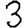
Digit: 3